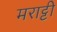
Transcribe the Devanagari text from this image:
मराट्टी